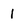
Character: 1